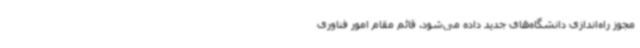
مجوز راه‌اندازی دانشگاه‌های جدید داده می‌شود. قائم مقام امور فناوری